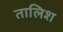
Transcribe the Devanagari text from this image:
तालिश